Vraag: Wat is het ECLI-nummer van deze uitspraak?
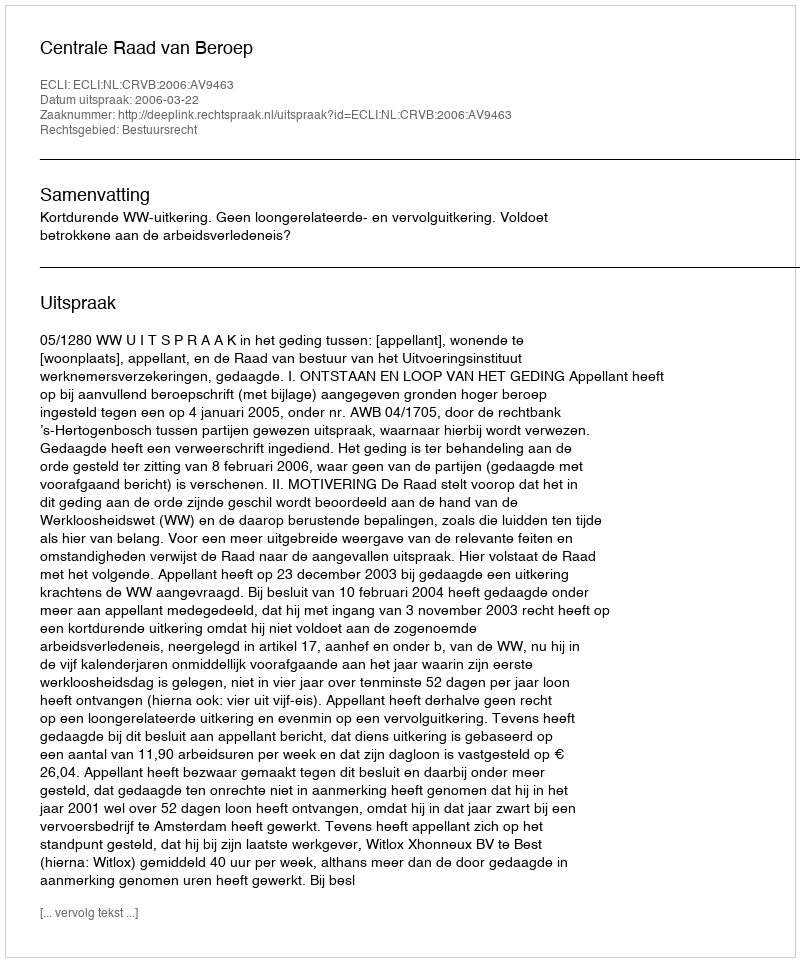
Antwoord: ECLI:NL:CRVB:2006:AV9463